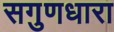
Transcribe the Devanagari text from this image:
सगुणधारा